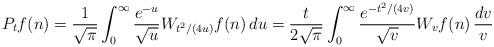
LaTeX: \begin{align*}P_tf(n) = \frac{1}{\sqrt\pi} \int_0^{\infty} \frac{e^{-u}}{\sqrt u}W_{t^2/(4u)}f(n)\,du= \frac{t}{2\sqrt\pi} \int_0^{\infty} \frac{e^{- t^2/(4v)}}{\sqrt {v}}W_vf(n)\,\frac{dv}{v}\end{align*}